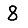
Digit: 8